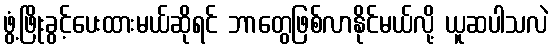
ဖွံ့ဖြိုးခွင့်ပေးထားမယ်ဆိုရင် ဘာတွေဖြစ်လာနိုင်မယ်လို့ ယူဆပါသလဲ